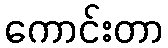
ကောင်းတာ